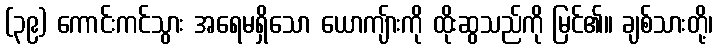
(၃၉) ကောင်းကင်သွား အရေမရှိသော ယောကျ်ားကို ထိုးဆွသည်ကို မြင်၏။ ချစ်သားတို့၊